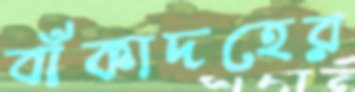
বাঁকাদহের